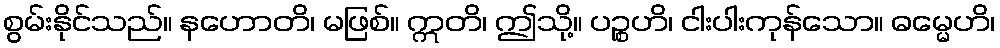
စွမ်းနိုင်သည်။ နဟောတိ၊ မဖြစ်။ ဣတိ၊ ဤသို့။ ပဉ္စဟိ၊ ငါးပါးကုန်သော။ ဓမ္မေဟိ၊